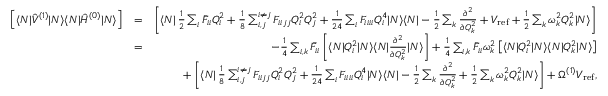
\begin{array} { r l r } { \left[ \langle N | \hat { V } ^ { ( 1 ) } | N \rangle \langle N | \hat { H } ^ { ( 0 ) } | N \rangle \right] } & { = } & { \left[ \langle N | \, \frac { 1 } { 2 } \sum _ { i } \bar { F } _ { i i } Q _ { i } ^ { 2 } + \frac { 1 } { 8 } \sum _ { i , j } ^ { i \neq j } F _ { i i j j } Q _ { i } ^ { 2 } Q _ { j } ^ { 2 } + \frac { 1 } { 2 4 } \sum _ { i } F _ { i i i i } Q _ { i } ^ { 4 } | N \rangle \langle N | - \frac { 1 } { 2 } \sum _ { k } \frac { \partial ^ { 2 } } { \partial Q _ { k } ^ { 2 } } + V _ { \mathrm { r e f } } + \frac { 1 } { 2 } \sum _ { k } \omega _ { k } ^ { 2 } Q _ { k } ^ { 2 } | N \rangle \right] } \\ & { = } & { - \frac { 1 } { 4 } \sum _ { i , k } \bar { F } _ { i i } \left[ \langle N | Q _ { i } ^ { 2 } | N \rangle \langle N | \frac { \partial ^ { 2 } } { \partial Q _ { k } ^ { 2 } } | N \rangle \right] + \frac { 1 } { 4 } \sum _ { i , k } \bar { F } _ { i i } \omega _ { k } ^ { 2 } \left[ \langle N | Q _ { i } ^ { 2 } | N \rangle \langle N | Q _ { k } ^ { 2 } | N \rangle \right] } \\ & { } & { + \left[ \langle N | \, \frac { 1 } { 8 } \sum _ { i , j } ^ { i \neq j } F _ { i i j j } Q _ { i } ^ { 2 } Q _ { j } ^ { 2 } + \frac { 1 } { 2 4 } \sum _ { i } F _ { i i i i } Q _ { i } ^ { 4 } | N \rangle \langle N | - \frac { 1 } { 2 } \sum _ { k } \frac { \partial ^ { 2 } } { \partial Q _ { k } ^ { 2 } } + \frac { 1 } { 2 } \sum _ { k } \omega _ { k } ^ { 2 } Q _ { k } ^ { 2 } | N \rangle \right] + \Omega ^ { ( 1 ) } V _ { \mathrm { r e f } } , } \end{array}